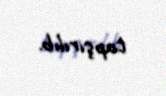
tapşırılıb.